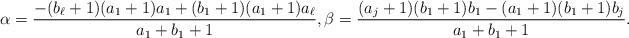
LaTeX: \begin{align*}\alpha= {-(b_\ell+1)(a_1+1)a_1+(b_1+1)(a_1+1)a_\ell \over a_1+b_1+1},\beta = {(a_j+1)(b_1+1)b_1-(a_1+1)(b_1+1)b_j \over a_1+b_1+1}.\end{align*}